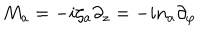
LaTeX: M _ { a } = - i \zeta _ { a } \partial _ { z } = - i n _ { a } \partial _ { \varphi }